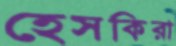
হেসকিরা